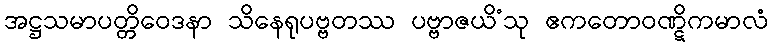
အဋ္ဌသမာပတ္တိဝေဒနာ သိနေရုပဗ္ဗတဿ ပဗ္ဗာဇယိံသု ဧကတောဝဏ္ဋိကမာလံ